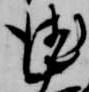
徳